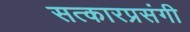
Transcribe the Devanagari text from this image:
सत्कारप्रसंगी